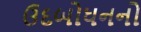
ઉદબોધનનો